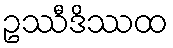
ဥဿီဒိဿထ